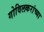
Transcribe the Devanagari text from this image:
गोविलकरांच्या